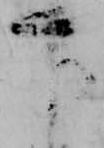
官